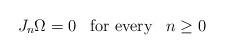
LaTeX: \begin{align*}J_n\Omega = 0 \;\;\;\textrm{for every}\;\;\; n\geq 0\end{align*}